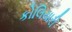
કોલિયારી